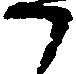
か